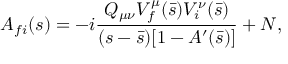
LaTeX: { \cal A } _ { f i } ( s ) = - i \frac { Q _ { \mu \nu } V _ { f } ^ { \mu } ( \bar { s } ) V _ { i } ^ { \nu } ( \bar { s } ) } { ( s - \bar { s } ) [ 1 - A ^ { \prime } ( \bar { s } ) ] } + N ,